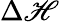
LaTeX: \Delta\mathscr{H}